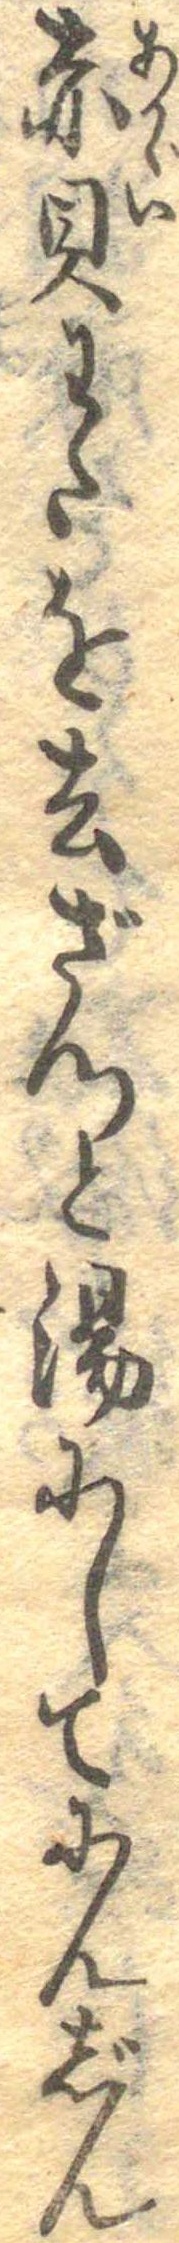
赤貝わたを去ざつと湯にしてにんじん